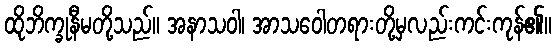
ထိုဘိက္ခုနီမတို့သည်။ အနာသဝါ၊ အာသဝေါတရားတို့မှလည်းကင်းကုန်၏။